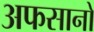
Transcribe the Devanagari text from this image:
अफसानों